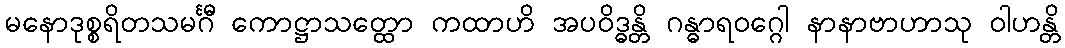
မနောဒုစ္စရိတသမင်္ဂီ ကောဋ္ဌာသတ္ထော ကထာဟိ အပဝိဒ္ဓန္တိ ဂန္ဓာရဝဂ္ဂေါ နာနာဗာဟာသု ဝါဟန္တိ